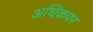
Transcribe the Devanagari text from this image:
अधिकपर